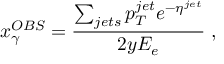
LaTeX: x _ { \gamma } ^ { O B S } = \frac { \sum _ { j e t s } p _ { T } ^ { j e t } e ^ { - \eta ^ { j e t } } } { 2 y E _ { e } } \; ,